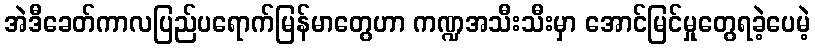
အဲဒီခေတ်ကာလပြည်ပရောက်မြန်မာတွေဟာ ကဏ္ဍအသီးသီးမှာ အောင်မြင်မှုတွေရခဲ့ပေမဲ့